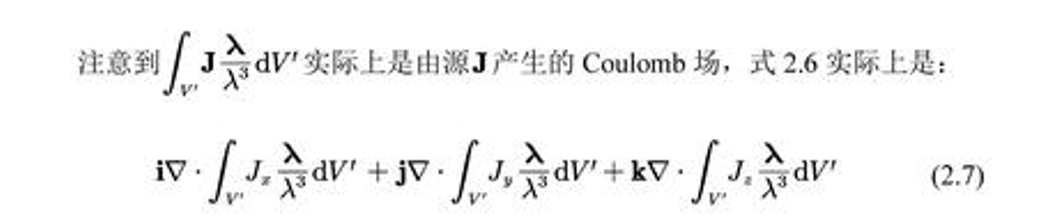
注意到\(\int_{V'} \mathbf{J}\frac{\lambda}{\lambda^{3}}\mathrm{d}V'\)实际上是由源\(\mathbf{J}\)产生的Coulomb场，式2.6实际上是：
\[\mathbf{i}\nabla\cdot\int_{V'} J_{x}\frac{\lambda}{\lambda^{3}}\mathrm{d}V'+\mathbf{j}\nabla\cdot\int_{V'} J_{y}\frac{\lambda}{\lambda^{3}}\mathrm{d}V'+\mathbf{k}\nabla\cdot\int_{V'} J_{z}\frac{\lambda}{\lambda^{3}}\mathrm{d}V'\tag{2.7}\]